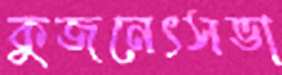
কুজনেৎসভা